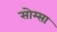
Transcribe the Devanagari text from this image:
सोम्सा